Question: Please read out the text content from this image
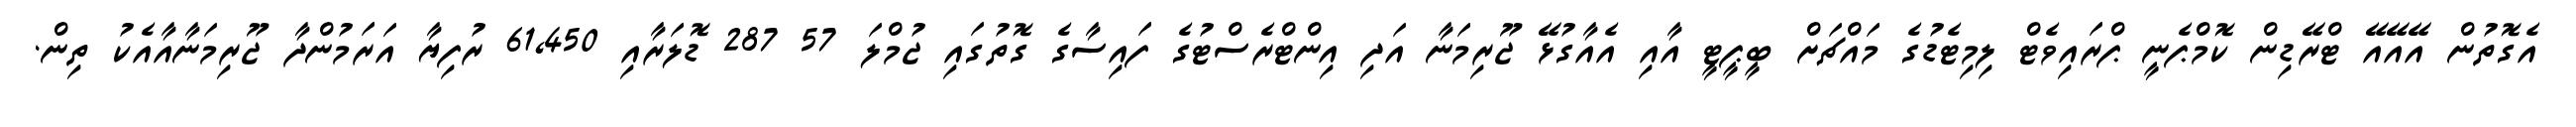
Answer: އެގޮތުން އޭއޭއޭ ޓްރޭޑިން ކޮމްޕެނީ ޕްރައިވެޓް ލިމިޓެޑުގެ މައްޗަށް ބީޕީޓީ އާއި އެއާގުޅޭ ޖޫރިމަނާ އަދި އިންޓްރެސްޓުގެ ފައިސާގެ ގޮތުގައި ޖުމްލަ 57 287 ޑޮލަރާއި 61,450 ރުފިޔާ އަރަމުންދާ ޖޫރިމަނާއާއެކު ތިން.